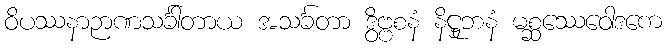
ဝိပဿနာဉာဏသင်္ခါတာယ အသင်္ခတာ ဒွိဗ္ဗစနံ နိဋ္ဌုဘနံ မစ္ဆဿေဝေါဒကေ